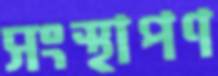
সংস্থাপণ